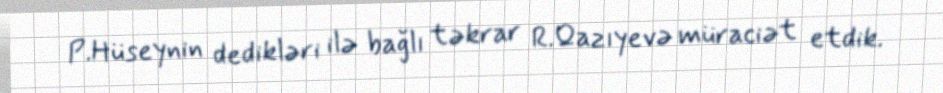
P.Hüseynin dedikləri ilə bağlı təkrar R.Qazıyevə müraciət etdik.